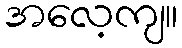
အလေ့ကျ။